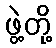
ဖွဲ့တို့